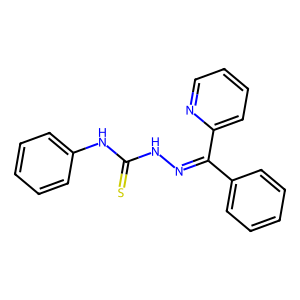
SMILES: S=C(NN=C(c1ccccc1)c1ccccn1)Nc1ccccc1
Inhibits HIV replication: No